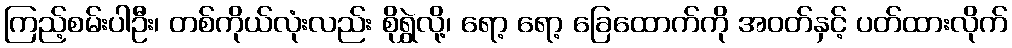
ကြည့်စမ်းပါဦး၊ တစ်ကိုယ်လုံးလည်း စိုရွှဲလို့၊ ရော့ ရော့ ခြေထောက်ကို အဝတ်နှင့် ပတ်ထားလိုက်